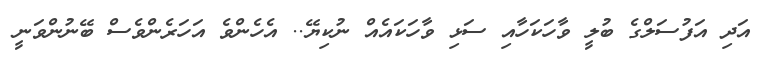
އަދި އަފުސަލްގެ ބުލީ ވާހަކަހާއި ސަޅި ވާހަކައެއް ނުކިޔޭ.. އެހެންވެ އަހަރެންވެސް ބޭނުންވަނީ